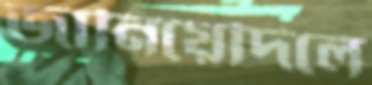
জানিয়েদিলে